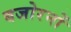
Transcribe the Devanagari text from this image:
बजोरनों